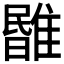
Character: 𩀃